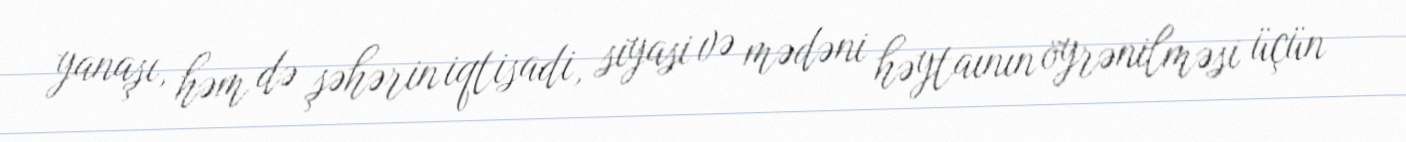
yanaşı, həm də şəhərin iqtisadi, siyasi və mədəni həytaının öyrənilməsi üçün